Report of the Indian Hemp Drugs Commission, 1894-1895 - Volume V
Year: 1894
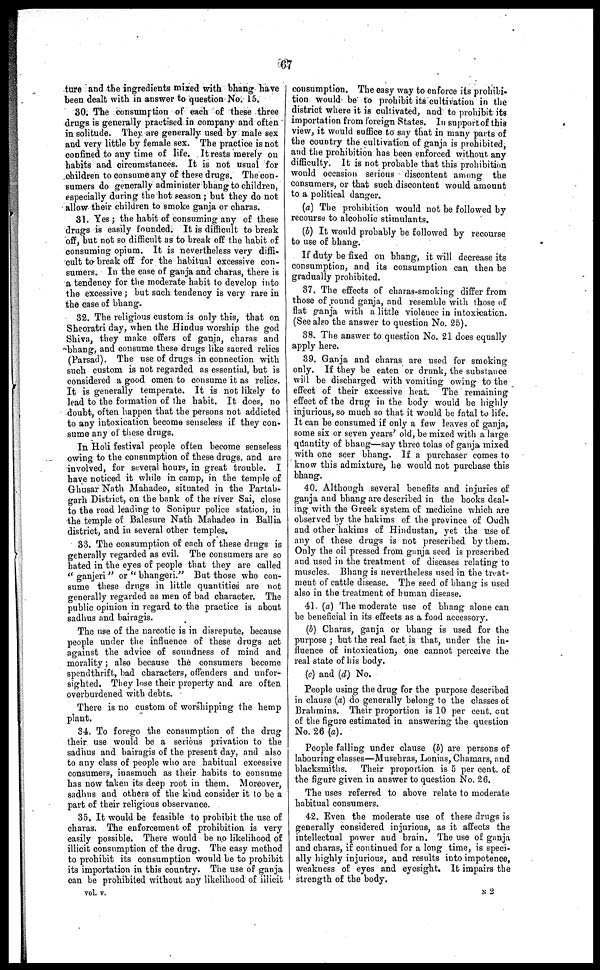
67
ture and the ingredients mixed with bhang have
been dealt with in answer to question No. 15.
30. The consumption of each of these three
drugs is generally practised in company and often
in solitude. They are generally used by male sex
and very little by female sex. The practice is not
confined to any time of life. It rests merely on
habits and circumstances. It is not usual for
children to consume any of these drugs. The con-
sumers do generally administer bhang to children,
especially during the hot season ; but they do not
allow their children to smoke ganja or charas.
31. Yes ; the habit of consuming any of these
drugs is easily founded. It is difficult to break
off, but not so difficult as to break off the habit of
consuming opium. It is nevertheless very diffi-
cult to break off for the habitual excessive con-
sumers. In the ease of ganja and charas, there is
a tendency for the moderate habit to develop into
the excessive ; but such tendency is very rare in
the case of bhang.
32. The religious custom is only this, that on
Sheoratri day, when the Hindus worship the god
Shiva, they make offers of ganja, charas and
bhang, and consume these drugs like sacred relics
(Parsad). The use of drugs in connection with
such custom is not regarded as essential, but is
considered a good omen to consume it as relics.
It is generally temperate. It is not likely to
lead to the formation of the habit. It does, no
doubt, often happen that the persons not addicted
to any intoxication become senseless if they con-
sume any of these drugs,
In Holi festival people often become senseless
owing to the consumption of these drugs. and are
involved, for several hours, in great trouble. I
have noticed it while in camp, in the temple of
Ghusar Nath Mahadeo, situated in the Partab-
garh District, on the bank of the river Sai, close
to the road leading to Sonipur police station, in
the temple of Balesure Nath Mahadeo in Ballia
district, and in several other temples.
33. The consumption of each of these drugs is
generally regarded as evil. The consumers are so
hated in the eyes of people that they are called
"ganjeri" or "bhangeri." But those who con-
sume these drugs in little quantities are not
generally regarded as men of bad character. The
public opinion in regard to the practice is about
sadhus and bairagis.
The use of the narcotic is in disrepute, because
people under the influence of these drugs act
against the advice of soundness of mind and
morality ; also because the consumers become
spendthrift, bad characters, offenders and unfor-
sighted. They lose their property and are often
overburdened with debts.
There is no custom of worshipping the hemp
plant.
34. To forego the consumption of the drug
their use would be a serious privation to the
sadhus and bairagis of the present day, and also
to any class of people who are habitual excessive
consumers, iuasmuch as their habits to consume
has now taken its deep root in them. Moreover,
sadhus and others of the kind consider it to be a
part of their religious observance.
35. It would be feasible to prohibit the use of
charas. The enforcement of prohibition is very
easily possible. There would be no likelihood of
illicit consumption of the drug. The easy method
to prohibit its consumption would be to prohibit
its importation in this country. The use of ganja
can be prohibited without any likelihood of illicit
vol. v.
consumption. The easy way to enforce its prohibi-
tion would be to prohibit its cultivation in the
district where it is cultivated, and to prohibit its
importation from foreign States. In support of this
view, it would suffice to say that in many parts of
the country the cultivation of ganja is prohibited,
and the prohibition has been enforced without any
difficulty. It is not probable that this prohibition
would occasion serious discontent among the
consumers, or that such discontent would amount
to a political danger.
(a) The prohibition would not be followed by
recourse to alcoholic stimulants.
(b) It would probably be followed by recourse
to use of bhang.
If duty be fixed on bhang, it will decrease its
consumption, and its consumption can then be
gradually prohibited.
37. The effects of charas-smoking differ from
those of round ganja, and resemble with those of
fiat ganja with a little violence in intoxication.
(See also the answer to question No. 25).
38. The answer to question No. 21 does equally
apply here.
39. Ganja and charas are used for smoking
only. If they be eaten or drunk, the substance
will be discharged with vomiting owing to the
effect of their excessive heat. The remaining
effect of the drug in the body would be highly
injurious, so much so that it would be fatal to life.
It can be consumed if only a few leaves of ganja,
some six or seven years' old, be mixed with a large
quantity of bhang—say three tolas of ganja mixed
with one seer bhang. If a purchaser comes to
know this admixture, he would not purchase this
bhang.
40. Although several benefits and injuries of
ganja and bhang are described in the books deal-
ing with the Greek system of medicine which are
observed by the hakims of the province of Oudh
and other hakims of Hindustan, yet the use of
any of these drugs is not prescribed by them.
Only the oil pressed from ganja seed is prescribed
and used in the treatment of diseases relating to
muscles. Bhang is nevertheless used in the treat-
ment of cattle disease. The seed of bhang is used
also in the treatment of human disease.
41. (a) The moderate use of bhang alone can
be beneficial in its effects as a food accessory.
(b) Charas, ganja or bhang is used for the
purpose ; but the real fact is that, under the in-
fluence of intoxication, one cannot perceive the
real state of his body.
(c) and (d) No.
People using the drug for the purpose described
in clause (a) do generally belong to the classes of
Brahmins. Their proportion is 10 per cent. cut
of the figure estimated in answering the question
No. 26 (a).
People falling under clause (b) are persons of
labouring classes—Musehras, Lonias, Chamars, and
blacksmiths. Their proportion is 5 per cent. of
the figure given in answer to question No. 26.
The uses referred to above relate to moderate
habitual consumers.
42. Even the moderate use of these drugs is
generally considered injurious, as it affects the
intellectual power and brain. The use of ganja
and charas, if continued for a long time, is speci-
ally highly injurious, and results into impotence,
weakness of eyes and eyesight. It impairs the
strength of the body.
N 2